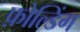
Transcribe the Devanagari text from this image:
फ़ोल्डिंग